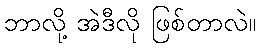
ဘာလို့ အဲဒီလို ဖြစ်တာလဲ။